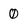
Character: 0